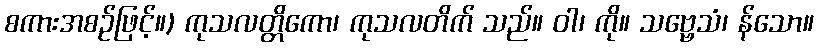
စကားအစဉ်ဖြင့်။) ကုသလတ္တိကော၊ ကုသလတိက် သည်။ ဝါ၊ ကို။ သဗ္ဗေသံ၊ န်သော။